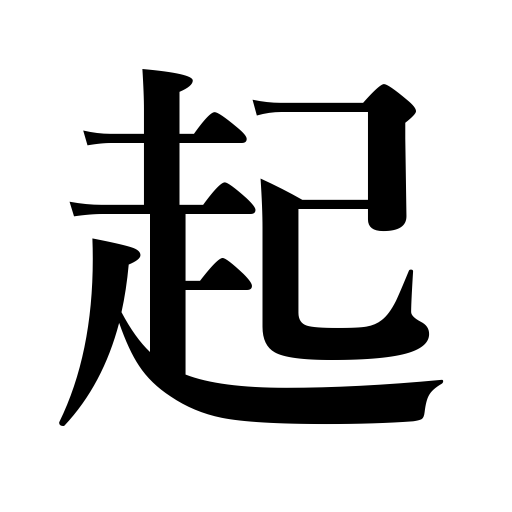
Meanings: be produced,open,begin,occur,awaken,raise up,flourish,a fire is kindled,get up,pick up someone,establish,rise,generate,plow,get sick,originate in,awake,spring up,break out,have an attack of,organize,kindle a fire,set up,happen,promote